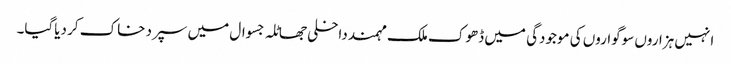
انہیں ہزاروں سوگواروں کی موجودگی میں ڈھوک ملک مہمند داخلی جھاٹلہ جسوال میں سپرد خاک کر دیاگیا۔